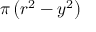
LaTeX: \pi \left( r ^ { 2 } - y ^ { 2 } \right)